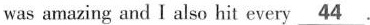
was amazing and I also hit every \underline{44}.